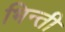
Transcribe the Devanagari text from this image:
भिन्ती